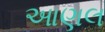
આણલ